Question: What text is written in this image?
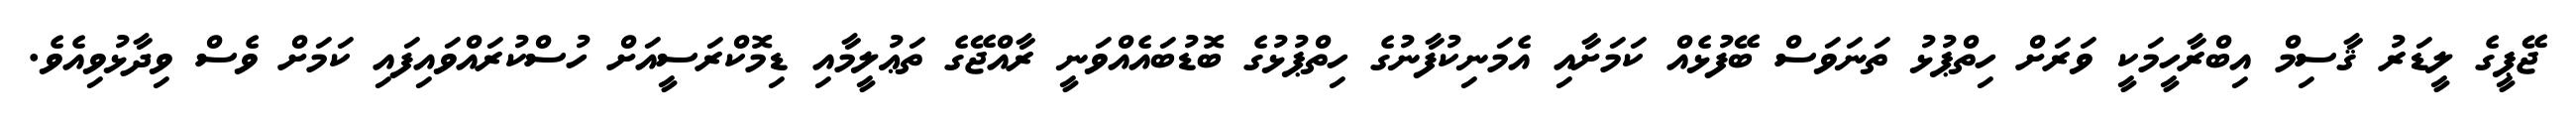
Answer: ޖޭޕީގެ ލީޑަރު ޤާސިމް އިބްރާހީމަކީ ވަރަށް ހިތްޕުޅު ތަނަވަސް ބޭފުޅެއް ކަމަށާއި އެމަނިކުފާނުގެ ހިތްޕުޅުގެ ބޮޑުބައެއްވަނީ ރާއްޖޭގެ ތަޢުލީމާއި ޑިމޮކްރަސީއަށް ހުސްކުރައްވައިފައި ކަމަށް ވެސް ވިދާޅުވިއެވެ.